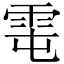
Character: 𩂄